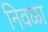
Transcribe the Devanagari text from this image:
निवळा